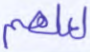
لعلهم